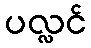
ပလ္လင်